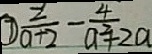
\textcircled { 7 } \frac { - 2 } { a + 2 } - \frac { 4 } { a ^ { 2 } + 2 a }